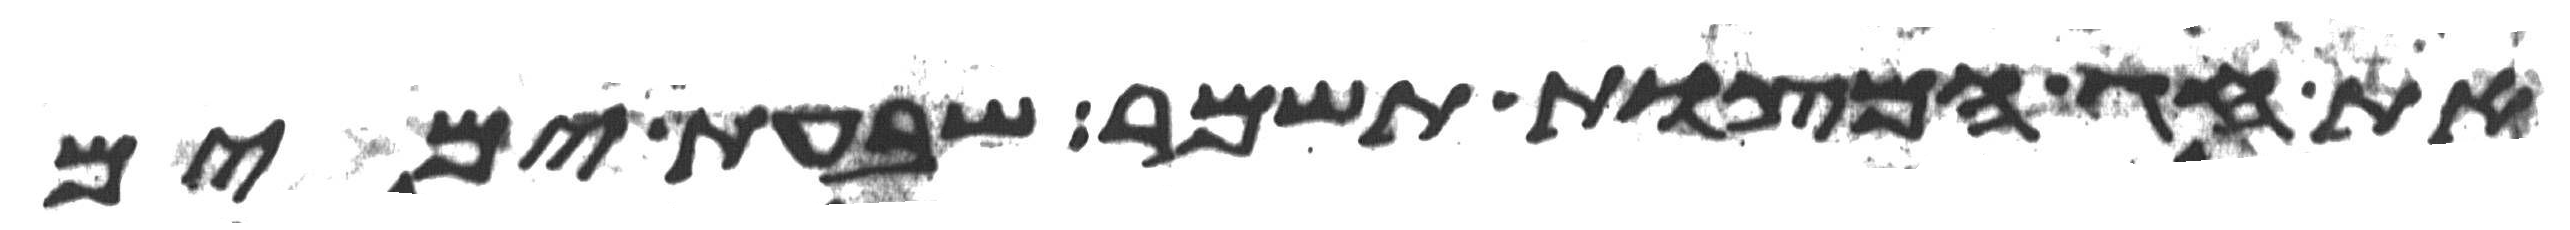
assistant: את חג המצות תשמר שבעת ימים